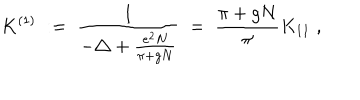
LaTeX: K ^ { ( 1 ) } \; : = \; \frac { 1 } { - \triangle + \frac { e ^ { 2 } N } { \pi + g N } } \; = \; \frac { \pi + g N } { \pi } K _ { 1 1 } \; ,